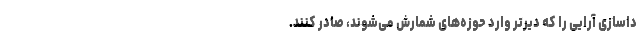
داسازی آرایی را که دیرتر وارد حوزه‌های شمارش می‌شوند، صادر کنند.